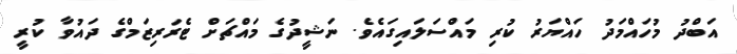
އަބްދު މުހައްމަދު ހައްޔަރު ކުރި މައްސަލައިގައެވެ. ނަޝީދުގެ މައްޗަށް ޓެރަރިޒަމްގެ ދައުވާ ކުރީ